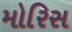
મોરિસ